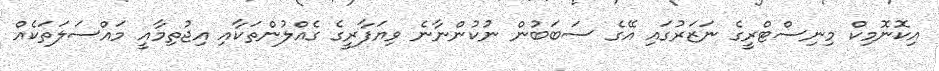
އިކޮނޮމިކް މިނިސްޓްރީގެ ނަޒަރުގައި އޭގެ ސަބަބުން ނުކުންނާނެ ވިޔަފާރީގެ ގެއްލުންތަކާއި އިޖުތިމާއީ މައްސަލަތަކެއް